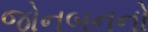
જોનબનનો